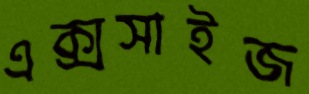
এক্সসাইজ